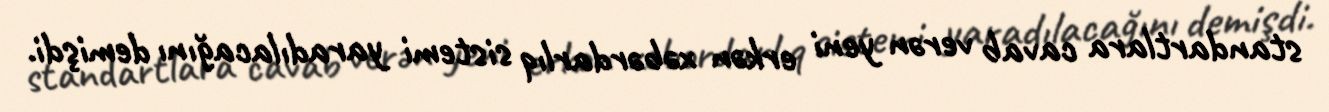
standartlara cavab verən yeni erkən xəbərdarlıq sistemi yaradılacağını demişdi.